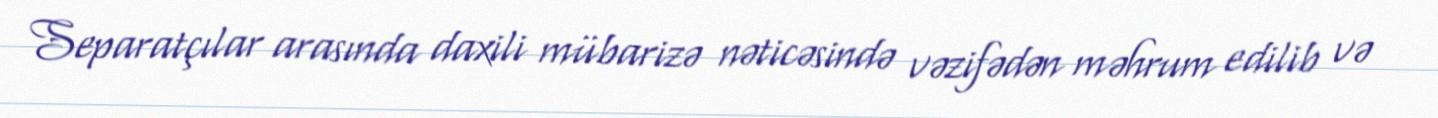
Separatçılar arasında daxili mübarizə nəticəsində vəzifədən məhrum edilib və